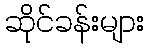
ဆိုင်ခန်းများ